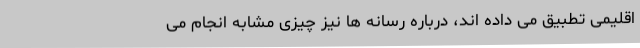
اقلیمی تطبیق می داده اند، درباره رسانه ها نیز چیزی مشابه انجام می